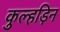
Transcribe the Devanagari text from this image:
कुल्‍हड़िन